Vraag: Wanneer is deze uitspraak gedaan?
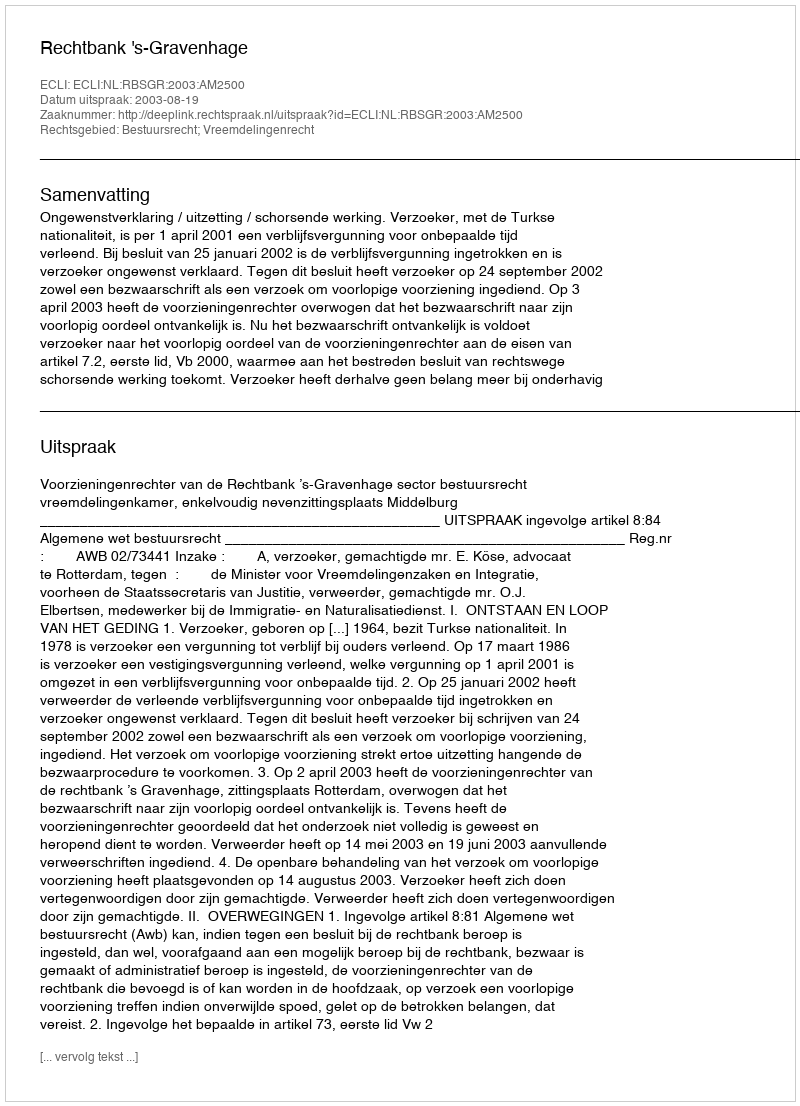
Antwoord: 2003-08-19